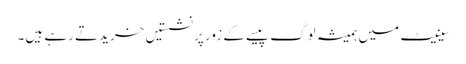
سینیٹ میں ہمیشہ لوگ پیسے کے زور پر نشستیں خریدتے رہے ہیں۔